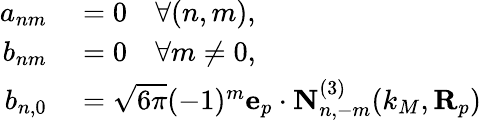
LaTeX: \begin{array}{rl}{a_{nm}}&{{}=0\quad\forall(n,m),}\\ {b_{nm}}&{{}=0\quad\forall m\neq 0,}\\ {b_{n,0}}&{{}=\sqrt{6\pi}(-1)^{m}\mathbf{e}_{p}\cdot\mathbf{N}_{n,-m}^{(3)}(k_{M},\mathbf{R}_{p})}\end{array}